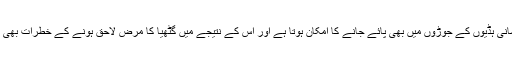
ان ذرات کا انسانی ہڈیوں کے جوڑوں میں بھی پائے جانے کا امکان ہوتا ہے اور اس کے نتیجے میں گٹھیا کا مرض لاحق ہونے کے خطرات بھی بڑھ جاتے ہیں۔